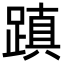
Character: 蹎